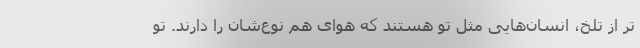
تر از تلخ، انسان‌هایی مثل تو هستند که هوای هم نوع‌شان را دارند. تو